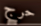
حرج